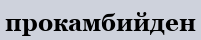
прокамбийден